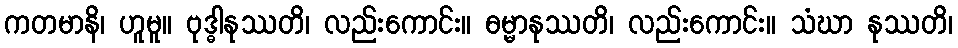
ကတမာနိ၊ ဟူမူ။ ဗုဒ္ဓါနုဿတိ၊ လည်းကောင်း။ ဓမ္မာနုဿတိ၊ လည်းကောင်း။ သံဃာ နုဿတိ၊